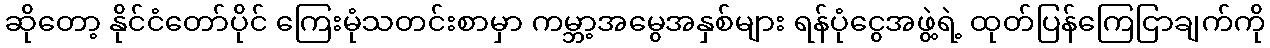
ဆိုတော့ နိုင်ငံတော်ပိုင် ကြေးမုံသတင်းစာမှာ ကမ္ဘာ့အမွေအနှစ်များ ရန်ပုံငွေအဖွဲ့ရဲ့ ထုတ်ပြန်ကြေငြာချက်ကို